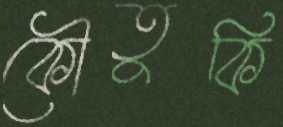
কৌতুকি